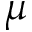
\mu